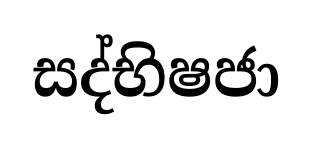
සද්භිෂජා